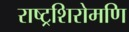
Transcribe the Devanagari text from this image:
राष्ट्रशिरोमणि